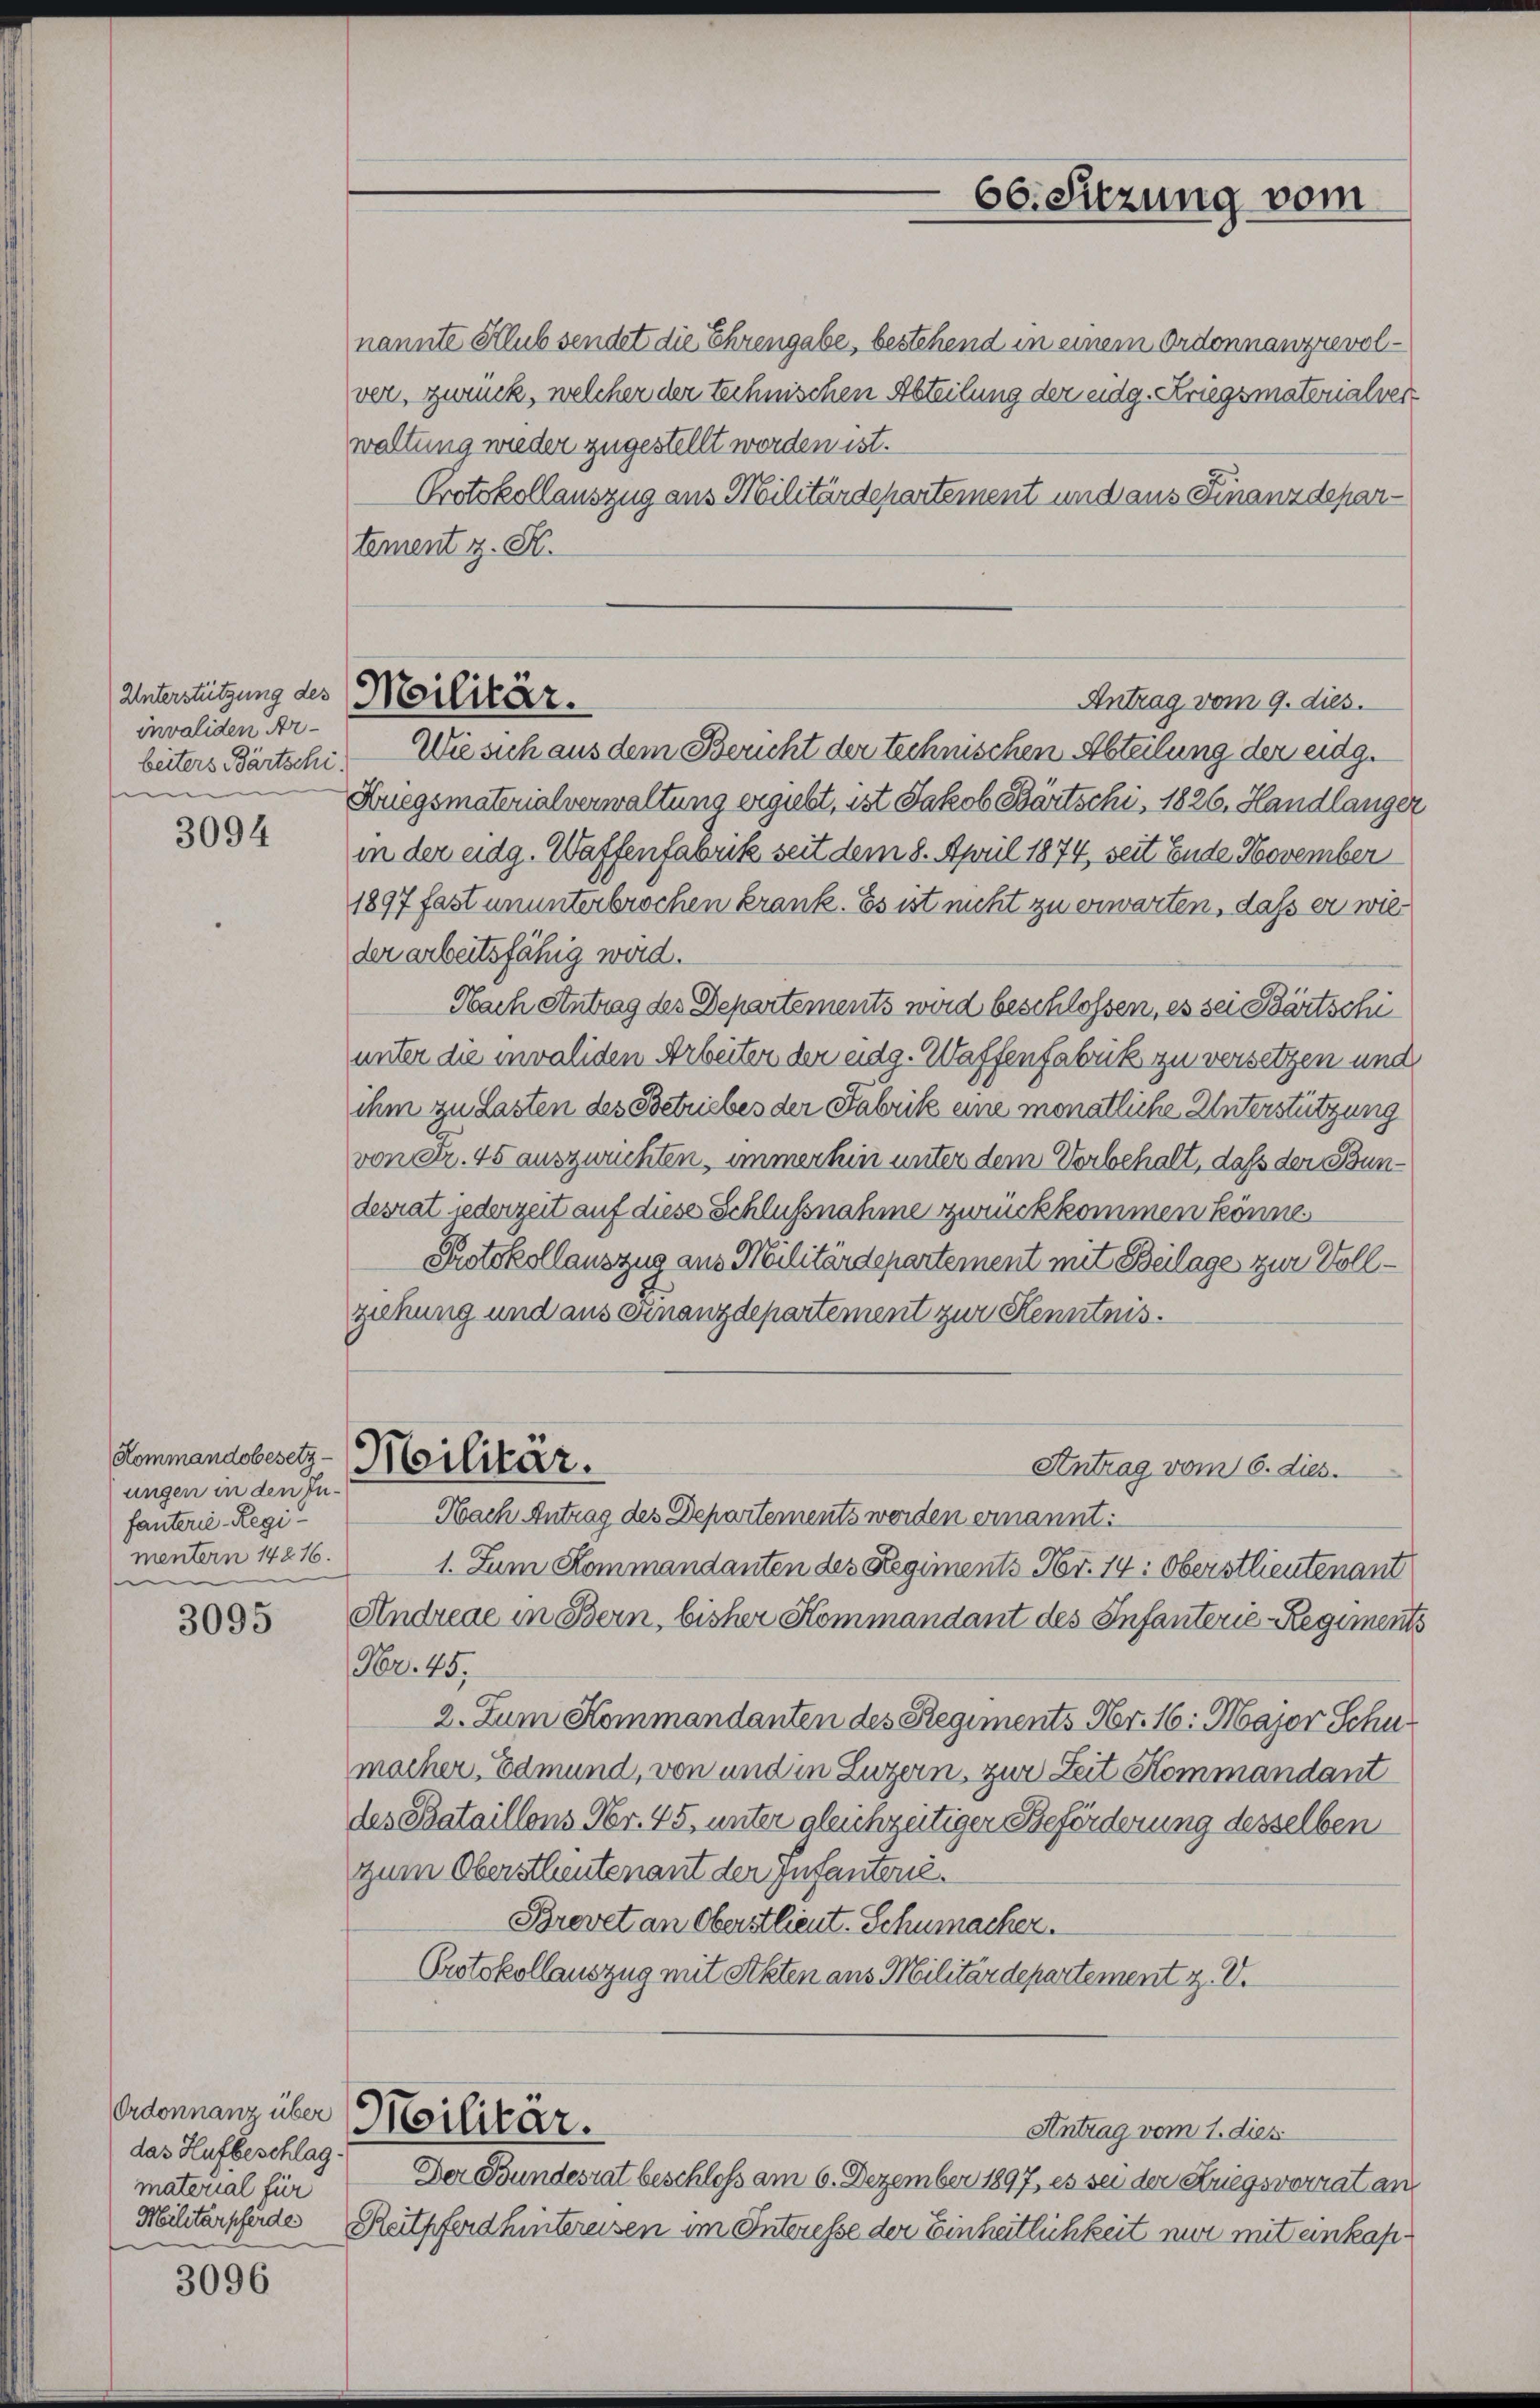
Unterstützung des
invaliden Arbeiters Partschi.
im

3094

Kommandobesetz-
ungen in den Infanterie-Regi
mentern 14816.
n

3095

das Hufbeschlag
material für

3096

nannte Slub sendet die Ehrengabe, bestehend in einem Ordonnanzrevolver, zurück, welcher der technischen Abteilung der eidg. Kriegsmaterialverwaltung wieder zugestellt werden ist.
Protokollauszug aus Militärdepartement und aus Finanzdepartement z. S.
Wie sich aus dem Bericht der technischen Abteilung der eidg.
Kriegsmaterialverwaltung ergiebt, ist Jakob Bärtschi, 1826. Handlanger
in der eidg. Waffenfabrik seit dem 8. April 1874, seit Ende November
1897 fast ununterbrochen krank. Es ist nicht zu erwarten, dass er wie
der arbeitsfähig wird.
Nach Antrag des Departements wird beschlossen, es sei Bartschi
unter die invaliden Arbeiter der eidg. Waffenfabrik zu versetzen und
ihm zu Lasten des Betriebes der Fabrik eine monatliche Unterstützung
von Fr. 45 auszurichten, immerhin unter dem Vorbehalt, daß der Bundesrat jederzeit auf diese Schlußnahme zurückkommen könne.
Protokollauszug aus Militärdepartement mit Beilage zur Vollziehung und aus einanzdepartement zur Kenntnis.
Militär.
Antrag vom 6. dies.
Nach Antrag des Departements werden ernannt:
1. Zum Kommandanten des Regiments Nr. 14: Oberstlieutenant
Andreae in Bern, bisher Kommandant des Infanterie-Regiments
Nr. 45.
2. Juni Kommandanten des Regiments Nr. 16. Major Schumacher, Edmund, von und in Luzern, zur Zeit Kommandant
des Bataillons Nr. 45, unter gleichzeitiger Beförderung desselben
zum Oberstlieutenant der Infanterie.
Brevet an Oberstlieut. Schumacher.
Protokollauszug mit Akten aus Militärdepartement z. V.
Ordonnanz über Militär.
Antrag vom 1. dies
Der Bundesrat beschloss am 6. Dezember 1897, es sei der Kriegsvorrat an
Militärpferde Reitpferd hintereisen im Interesse der Einheitlichkeit nur mit einkap¬

Militär.

66. Sitzung vom

Antrag vom 9. dies.